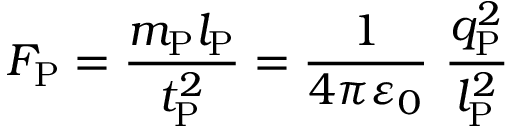
F _ { \mathrm { P } } = { \frac { m _ { \mathrm { P } } l _ { \mathrm { P } } } { t _ { \mathrm { P } } ^ { 2 } } } = { \frac { 1 } { 4 \pi \varepsilon _ { 0 } } } \ { \frac { q _ { \mathrm { P } } ^ { 2 } } { l _ { \mathrm { P } } ^ { 2 } } }